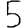
Digit: 5